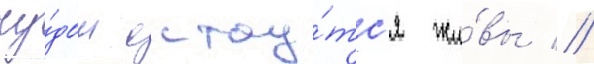
чу́дом остау́тс'я жи́вы //